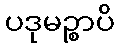
ပဒုမဉ္စာပိ